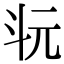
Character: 𣁯